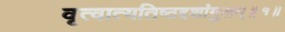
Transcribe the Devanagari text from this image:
वृत्वात्यतिष्ठद्दशांगुलम्॥१॥